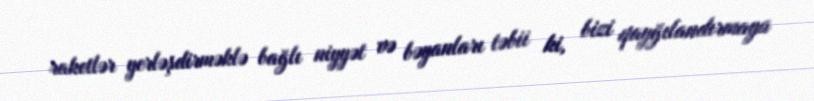
raketlər yerləşdirməklə bağlı niyyət və bəyanları təbii ki, bizi qayğılandırmaya